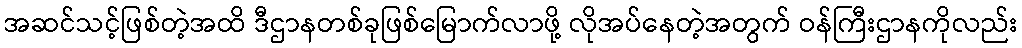
အဆင်သင့်ဖြစ်တဲ့အထိ ဒီဌာနတစ်ခုဖြစ်မြောက်လာဖို့ လိုအပ်နေတဲ့အတွက် ဝန်ကြီးဌာနကိုလည်း